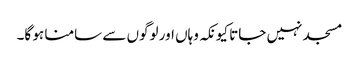
مسجد نہیں جاتا کیونکہ وہاں اور لوگوں سے سامنا ہو گا۔